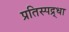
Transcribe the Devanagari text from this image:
प्रतिस्पद्र्धा